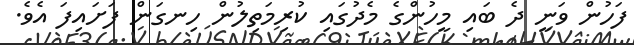
ފަހުން ވަނީ ދެ ބައި މީހުންގެ މެދުގައި ކުރިމަތިލުން ހިނގަން ފަށައިފަ އެވެ.